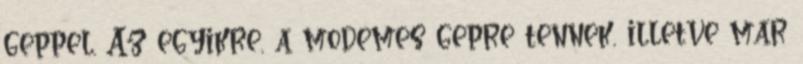
geppel. Az egyikre, a modemes gepre tennek, illetve mar